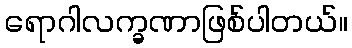
ရောဂါလက္ခဏာဖြစ်ပါတယ်။